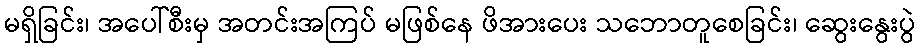
မရှိခြင်း၊ အပေါ်စီးမှ အတင်းအကြပ် မဖြစ်နေ ဖိအားပေး သဘောတူစေခြင်း၊ ဆွေးနွေးပွဲ